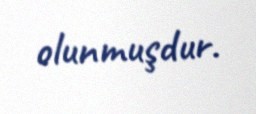
olunmuşdur.